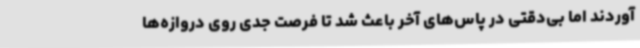
‌آوردند اما بی‌دقتی در پاس‌های آخر باعث شد تا فرصت جدی روی دروازه‌ها